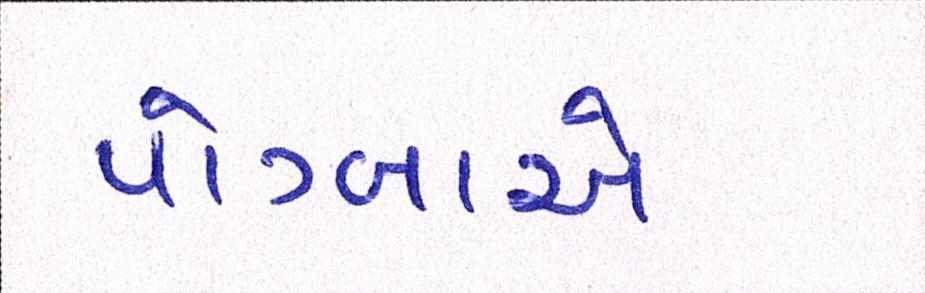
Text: પોગ્બાએ